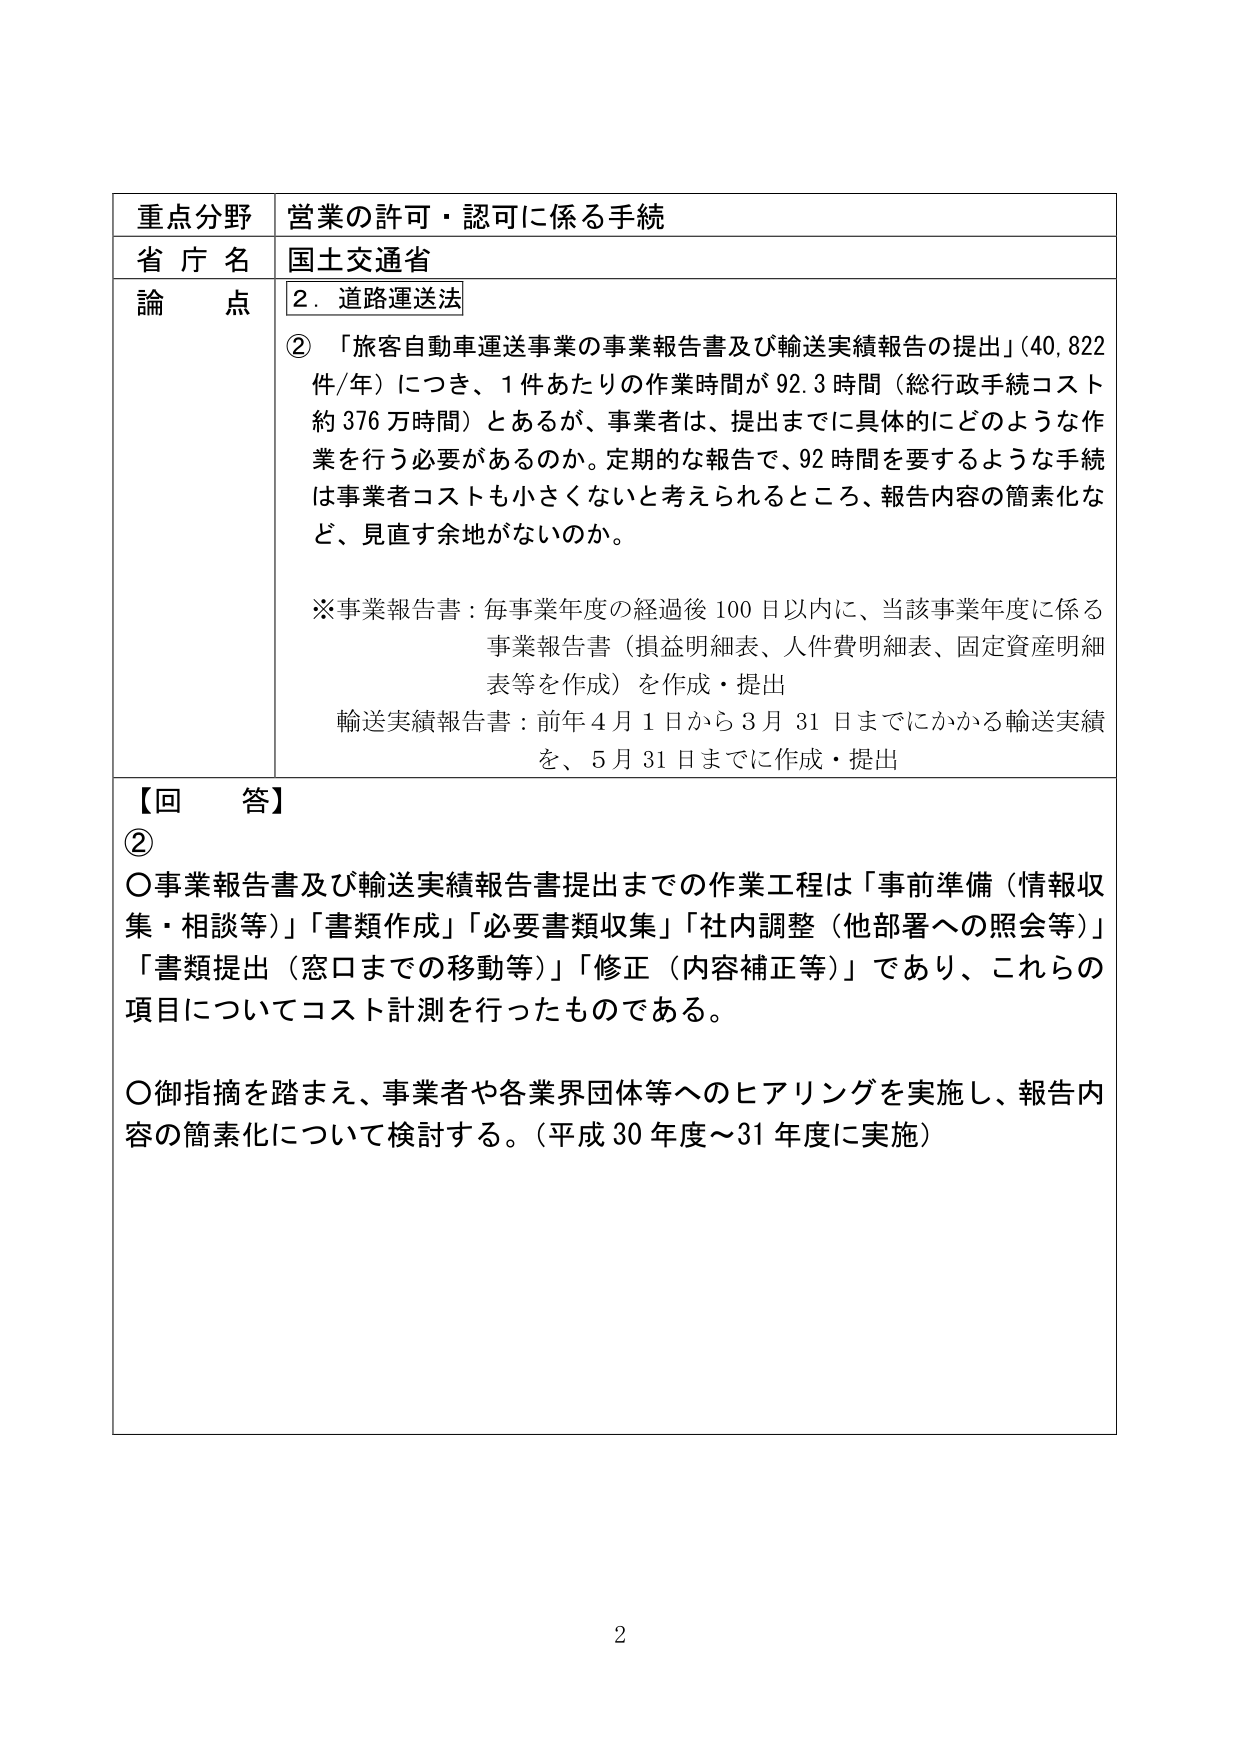
重点分野 営業の許可・認可に係る手続
省庁名 国土交通省
論点 2．道路運送法
②「旅客自動車運送事業の事業報告書及び輸送実績報告の提出」（40,822件/年）につき、1件あたりの作業時間が92.3時間（総行政手続コスト約376万時間）とあるが、事業者は、提出までに具体的にどのような作業を行う必要があるのか。定期的な報告で、92時間を要するような手続は事業者コストも小さくないと考えられるところ、報告内容の簡素化など、見直す余地がないのか。
※事業報告書：毎事業年度の経過後100日以内に、当該事業年度に係る事業報告書（損益明細表、人件費明細表、固定資産明細表等を作成）を作成・提出
輸送実績報告書：前年4月1日から3月31日までにかかる輸送実績を、5月31日までに作成・提出
【回答】
②
〇事業報告書及び輸送実績報告書提出までの作業工程は「事前準備（情報収集・相談等）」「書類作成」「必要書類収集」「社内調整（他部署への照会等）」「書類提出（窓口までの移動等）」「修正（内容補正等）」であり、これらの項目についてコスト計測を行ったものである。
〇御指摘を踏まえ、事業者や各業界団体等へのヒアリングを実施し、報告内容の簡素化について検討する。（平成30年度～31年度に実施）
2